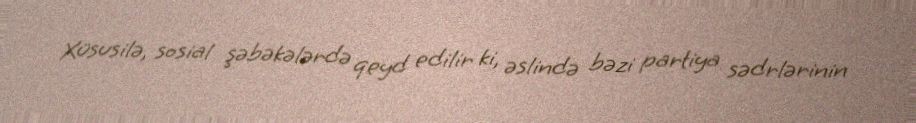
Xüsusilə, sosial şəbəkələrdə qeyd edilir ki, əslində bəzi partiya sədrlərinin